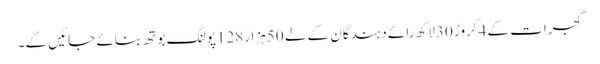
گجرات کے 4کروڑ 30لاکھ رائے دہندگان کے لے 50ہزار 128پولنگ بوتھ بنائے جائیں گے۔